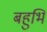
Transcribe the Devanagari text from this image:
बहुभि